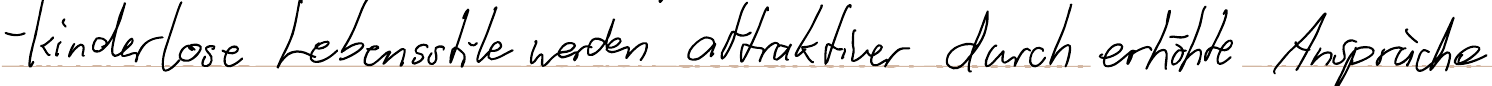
- kinderlose Lebensstile werden attraktiver durch erhöhte Ansprüche